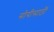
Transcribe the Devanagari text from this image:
सोयीसाठीं